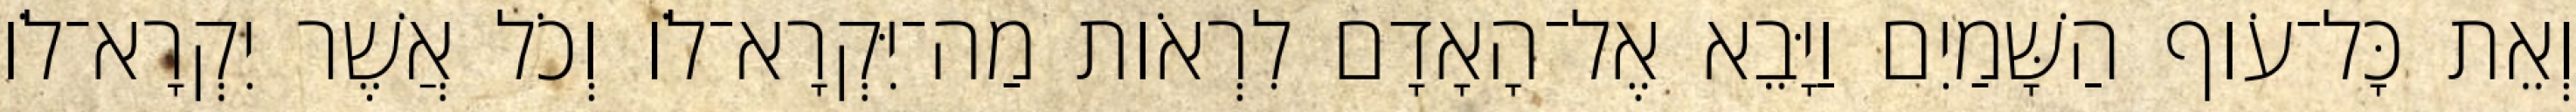
וְאֵת כָּל־עֹוף הַשָּׁמַיִם וַיָּבֵא אֶל־הָאָדָם לִרְאֹות מַה־יִּקְרָא־לֹו וְכֹל אֲשֶׁר יִקְרָא־לֹו